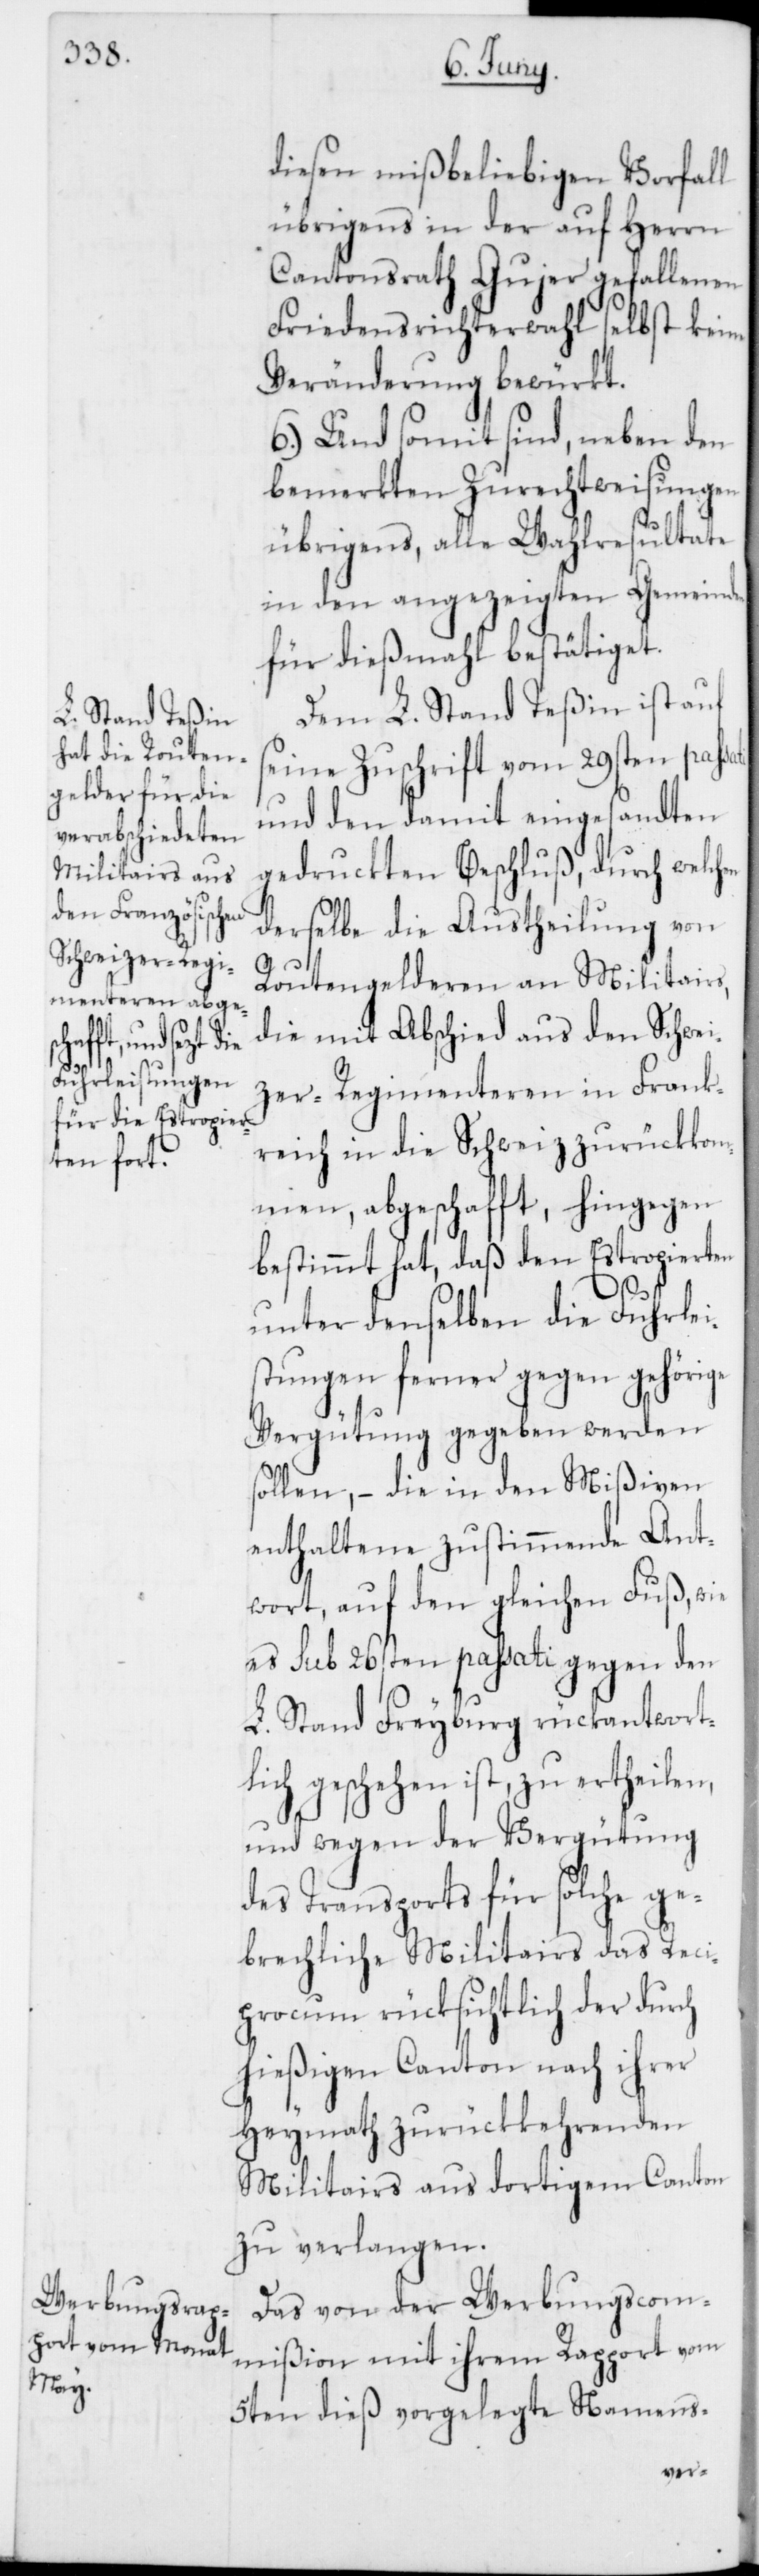
diesen mißbeliebigen Vorfall
übrigens in der auf Herrn
Cantonsrath Gujer gefallenen
Friedensrichterwahl selbst keine
Veränderung bewürkt.
6.) Und somit sind, neben den
bemerkten Zurechtweisungen
übrigens, alle Wahlresultate
in den angezeigten Gemeind¬
für dießmahl bestätiget.
Dem L. Stand Teßin ist auf
seine Zuschrift vom 29sten pass¬
und den damit eingesandten
gedruckten Beschluß, durch welchen
derselbe die Austheilung von
Routengelderen an Militairs,
die mit Abschied aus den Schwei¬
zer-Regimenteren in Frank¬
reich in die Schweiz zurückkom¬
men, abgeschafft, hingegen
bestimmt hat, daß den Estropierten
unter denselben die Fuhrlei¬
stungen ferner gegen gehörige
Vergütung gegeben werden
sollen, – die in den Mißiven
enthaltene zustimmende Ant¬
wort, auf den gleichen Fuß, wie
es sub 26sten passati gegen den
L. Stand Freyburg rückantwort¬
lich geschehen ist, zu ertheilen,
und wegen der Vergütung
des Transports für solche ge¬
brechliche Militairs das Reci¬
procum rücksichtlich der durch
hießigen Canton nach ihrer
Heymath zurückkehrenden
Militairs aus dortigem Canton
zu verlangen.
Das von der Werbungscom¬
mißion mit ihrem Rapport vom
5ten dieß vorgelegte Namens-
ati